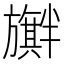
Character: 𪰃